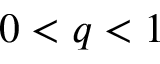
0 < q < 1